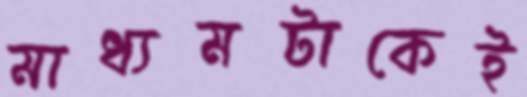
মাধ্যমটাকেই